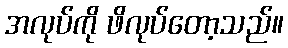
အလုပ်ကို ဖိလုပ်တော့သည်။